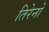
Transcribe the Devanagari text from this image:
तिरेनो